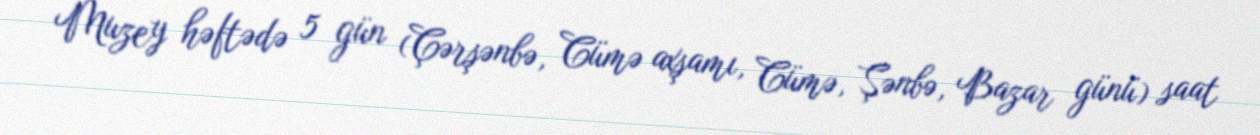
Muzey həftədə 5 gün (Çərşənbə, Cümə axşamı, Cümə, Şənbə, Bazar günü) saat